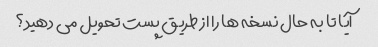
آیا تا به حال نسخه ها را از طریق پست تحویل می دهید؟